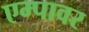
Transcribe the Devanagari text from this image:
एम्पावर